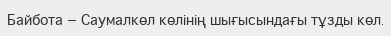
Байбота — Саумалкөл көлінің шығысындағы тұзды көл.